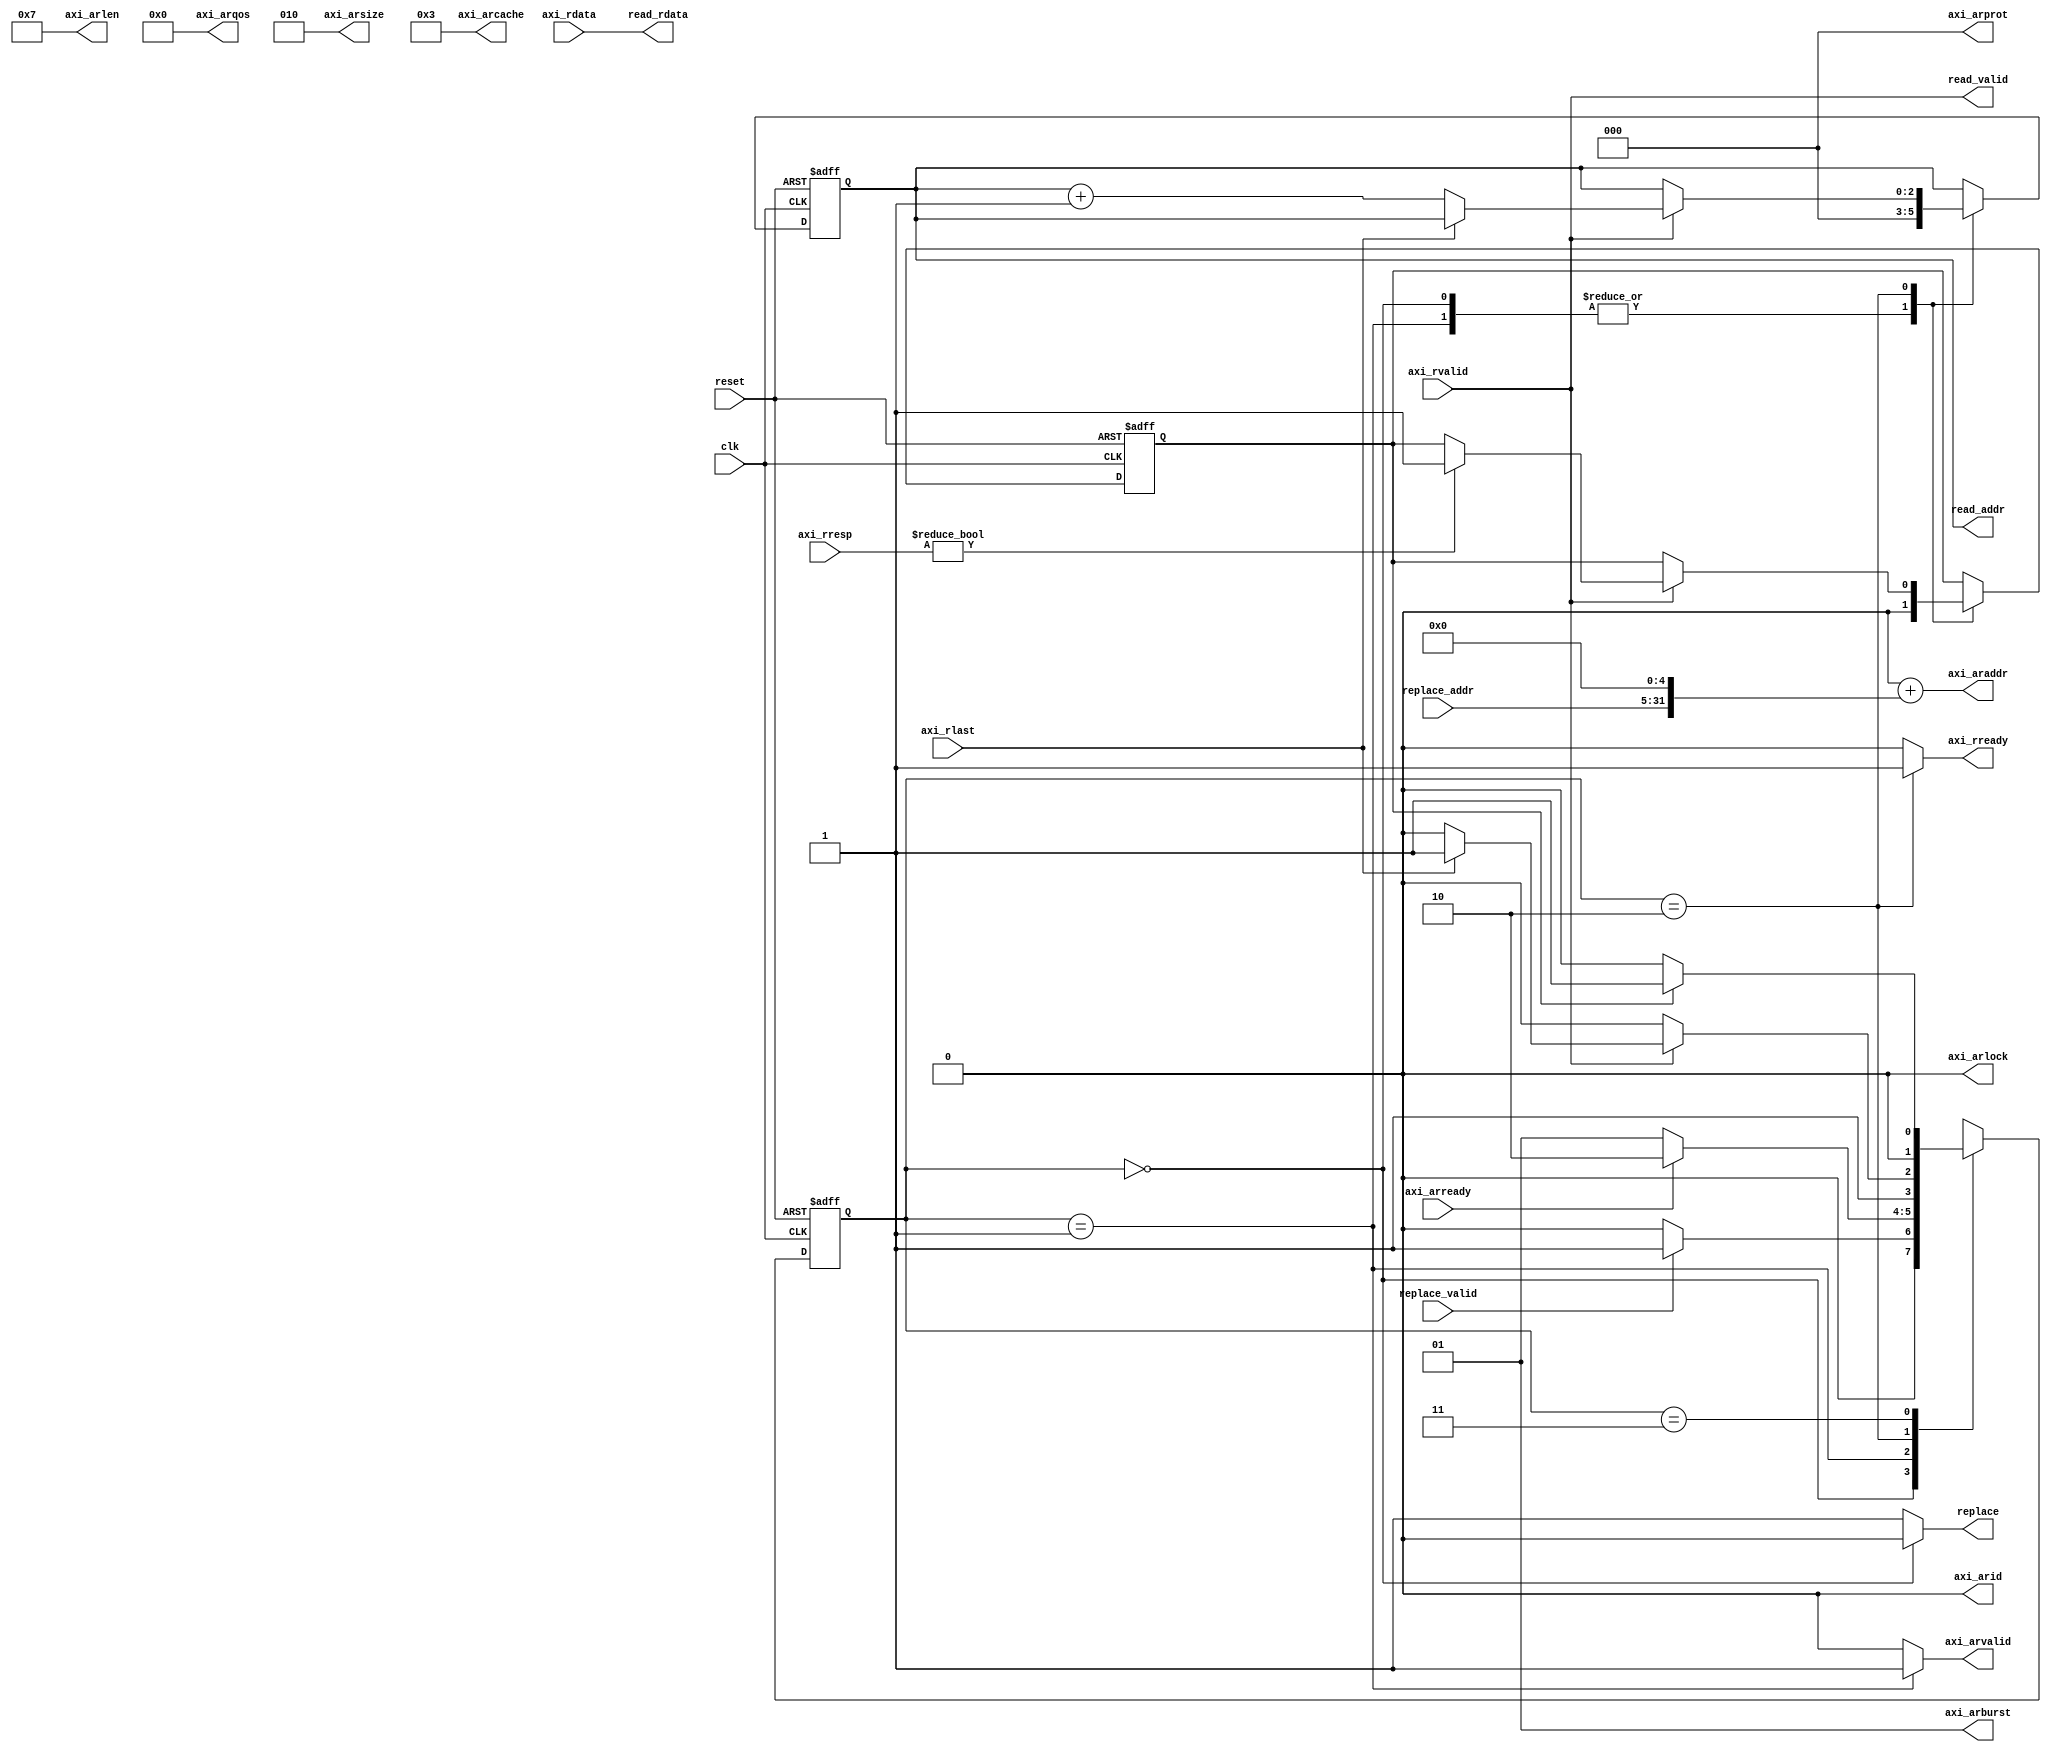
module read_channel_axi
  #(
    parameter FE_ADDR_W   = 32,
    parameter FE_DATA_W   = 32,
    parameter FE_NBYTES  = FE_DATA_W/8,
    parameter WORD_OFF_W = 3,
    //Higher hierarchy memory (slave) interface parameters 
    parameter BE_ADDR_W = FE_ADDR_W, //Address width of the higher hierarchy memory
    parameter BE_DATA_W = FE_DATA_W, //Data width of the memory 
    parameter BE_NBYTES = BE_DATA_W/8, //Number of bytes
    parameter BE_BYTE_W = $clog2(BE_NBYTES), //Offset of the Number of Bytes
    //Cache-Memory base Offset
    parameter LINE2MEM_W = WORD_OFF_W-$clog2(BE_DATA_W/FE_DATA_W), //burst offset based on the cache word's and memory word size
    // //AXI specific parameters
    parameter AXI_ID_W              = 1, //AXI ID (identification) width
    parameter [AXI_ID_W-1:0] AXI_ID = 0  //AXI ID value
    )
   (
    input                                        clk,
    input                                        reset,
    input                                        replace_valid,
    input [FE_ADDR_W -1: BE_BYTE_W + LINE2MEM_W] replace_addr,
    output reg                                   replace,
    output                                       read_valid,
    output reg [LINE2MEM_W-1:0]                  read_addr,
    output [BE_DATA_W-1:0]                       read_rdata,
    //Address Read
    output reg                                   axi_arvalid, 
    output [BE_ADDR_W-1:0]                       axi_araddr, 
    output [7:0]                                 axi_arlen,
    output [2:0]                                 axi_arsize,
    output [1:0]                                 axi_arburst,
    output [0:0]                                 axi_arlock,
    output [3:0]                                 axi_arcache,
    output [2:0]                                 axi_arprot,
    output [3:0]                                 axi_arqos,
    output [AXI_ID_W-1:0]                        axi_arid,
    input                                        axi_arready,
    //Read
    input                                        axi_rvalid, 
    input [BE_DATA_W-1:0]                        axi_rdata,
    input [1:0]                                  axi_rresp,
    input                                        axi_rlast, 
    output reg                                   axi_rready
    );

   generate
      if(LINE2MEM_W > 0)
        begin
           
           //Constant AXI signals
           assign axi_arid    = AXI_ID;
           assign axi_arlock  = 1'b0;
           assign axi_arcache = 4'b0011;
           assign axi_arprot  = 3'd0;
           assign axi_arqos   = 4'd0;
           //Burst parameters
           assign axi_arlen   = 2**LINE2MEM_W -1; //will choose the burst lenght depending on the cache's and slave's data width
           assign axi_arsize  = BE_BYTE_W; //each word will be the width of the memory for maximum bandwidth
           assign axi_arburst = 2'b01; //incremental burst
           assign axi_araddr  = {BE_ADDR_W{1'b0}} + {replace_addr, {(LINE2MEM_W+BE_BYTE_W){1'b0}}}; //base address for the burst, with width extension 

           
           // Read Line values
           assign read_rdata = axi_rdata;
           assign read_valid = axi_rvalid;
           
           
           localparam
             idle          = 2'd0,
             init_process  = 2'd1,
             load_process  = 2'd2,
             end_process   = 2'd3;
           
           
           reg [1:0]                           state;
           reg                                 slave_error;//axi slave_error during reply (axi_rresp[1] == 1) - burst can't be interrupted, so a flag needs to be active
           
           
           always @(posedge clk, posedge reset)
             begin
                if(reset)
                  begin
                     state <= idle;
                     read_addr <= 0;
                     slave_error <= 0;
                  end
                else
                  begin
                     slave_error <= slave_error;
                     case (state)   
                       idle:
                         begin
                            slave_error <= 0;
                            read_addr <= 0;  
                            if(replace_valid)
                              state <= init_process;
                            else
                              state <= idle;
                         end

                       init_process:
                         begin
                            slave_error <= 0;
                            read_addr <= 0;  
                            if(axi_arready)
                              state <= load_process;
                            else
                              state <= init_process;
                         end

                       load_process:
                         begin
                            if(axi_rvalid)
                              if(axi_rlast)
                                begin
                                   state <= end_process;
                                   read_addr <= read_addr; //to avoid writting last data in first line word
                                   if(axi_rresp != 2'b00) //slave_error - received at the same time as the valid - needs to wait until the end to start all over - going directly to init_process would cause a stall to this burst
                                     slave_error <= 1;
                                end
                              else
                                begin
                                   read_addr <= read_addr +1;
                                   state <= load_process;
                                   if(axi_rresp != 2'b00) //slave_error - received at the same time as the valid - needs to wait until the end to start all over - going directly to init_process would cause a stall to this burst
                                     slave_error <= 1;
                                end
                            else
                              begin
                                 read_addr <= read_addr;
                                 state <= load_process;
                              end
                         end

                       end_process://delay for the read_latency of the memories (if the rdata is the last word)
                         if (slave_error)
                           state <= init_process;
                         else
                           state <= idle;
                       
                       default:;
                     endcase
                  end
             end
           
           always @*
             begin
                axi_arvalid   = 1'b0;
                axi_rready    = 1'b0;
                replace = 1'b1;
                case(state)

                  idle:
                    replace = 1'b0;
                  
                  init_process:
                    axi_arvalid = 1'b1;

                  load_process:
                    axi_rready  = 1'b1;
                  
                  default:;
                  
                endcase
             end // always @ *
        end // if (LINE2MEM_W > 0)

      
      else
         
        begin
           //Constant AXI signals
           assign axi_arid    = AXI_ID;
           assign axi_arlock  = 1'b0;
           assign axi_arcache = 4'b0011;
           assign axi_arprot  = 3'd0;
           assign axi_arqos   = 4'd0;
           //Burst parameters - single 
           assign axi_arlen   = 8'd0; //A single burst of Memory data width word
           assign axi_arsize  = BE_BYTE_W; //each word will be the width of the memory for maximum bandwidth
           assign axi_arburst = 2'b00; 
           assign axi_araddr  = {BE_ADDR_W{1'b0}} + {replace_addr, {BE_BYTE_W{1'b0}}}; //base address for the burst, with width extension 

           // Read Line values
           assign read_valid = axi_rvalid;
           assign read_rdata  = axi_rdata;
           
           
           localparam
             idle          = 2'd0,
             init_process  = 2'd1,
             load_process  = 2'd2,
             end_process   = 2'd3;
           
           
           reg [1:0]                           state;

           
           always @(posedge clk, posedge reset)
             begin
                if(reset)
                   
                  state <= idle;
                
                else
                   
                  case (state)   
                    idle:
                      begin
                         if(replace_valid)
                           state <= init_process;
                         else
                           state <= idle;
                      end

                    init_process:
                      begin                      
                         if(axi_arready)
                           state <= load_process;
                         else
                           state <= init_process;
                      end

                    load_process:
                      begin
                         if(axi_rvalid)
                           if(axi_rresp != 2'b00) //slave_error - received at the same time as valid
                             state <= init_process;
                           else
                             state <= end_process;
                         else
                           state <= load_process;
                      end

                    end_process://delay for the read_latency of the memories (if the rdata is the last word)
                      state <= idle;
                    
                    
                    default:;
                  endcase
             end
           
           
           always @*
             begin
                axi_arvalid   = 1'b0;
                axi_rready    = 1'b0;
                replace = 1'b1;
                case(state)

                  idle:
                    begin
                       replace = 1'b0;
                    end
                  
                  init_process:
                    begin
                       axi_arvalid = 1'b1;
                    end

                  load_process:
                    begin
                       axi_rready  = 1'b1;             
                    end
                  
                  default:;
                  
                endcase
             end // always @ *
           
        end     
   endgenerate 
   
endmodule